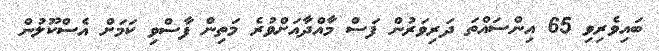
ބައިވެރިވި 65 އިންސައްތަ ދަރިވަރުން ފަސް މާއްދާއަށްވުރެ މަތިން ފާސްވި ކަމަށް އެސްކޫލުން